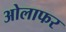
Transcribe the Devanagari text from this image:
ओलाफर